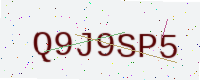
Text: Q9J9SP5